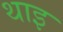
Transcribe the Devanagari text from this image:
थाइ